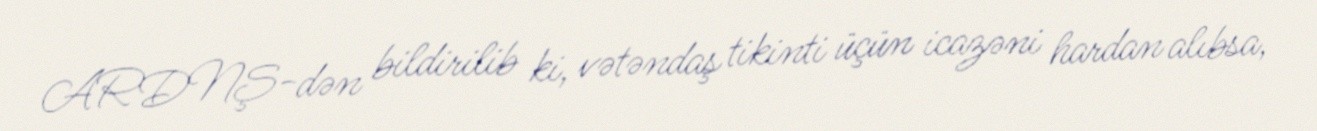
ARDNŞ-dən bildirilib ki, vətəndaş tikinti üçün icazəni hardan alıbsa,